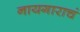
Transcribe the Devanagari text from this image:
नायगाराचं